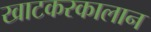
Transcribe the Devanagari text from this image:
खाटकरकालान